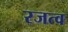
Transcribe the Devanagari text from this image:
रजत्व